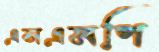
এসএমপি